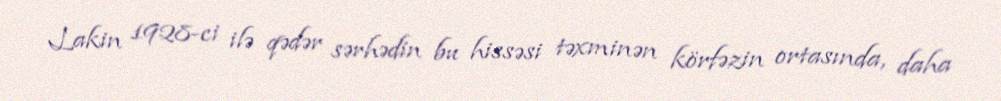
Lakin 1928-ci ilə qədər sərhədin bu hissəsi təxminən körfəzin ortasında, daha